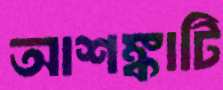
আশঙ্কাটি